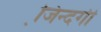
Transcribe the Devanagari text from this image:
जि़न्दगी